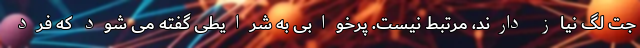
جت لگ نیاز دارند، مرتبط نیست. پرخوابی به شرایطی گفته می شود که فرد